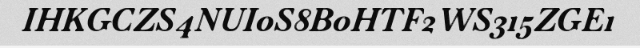
IHKGCZS4NUI0S8B0HTF2WS315ZGE1